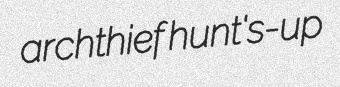
archthief hunt's-up